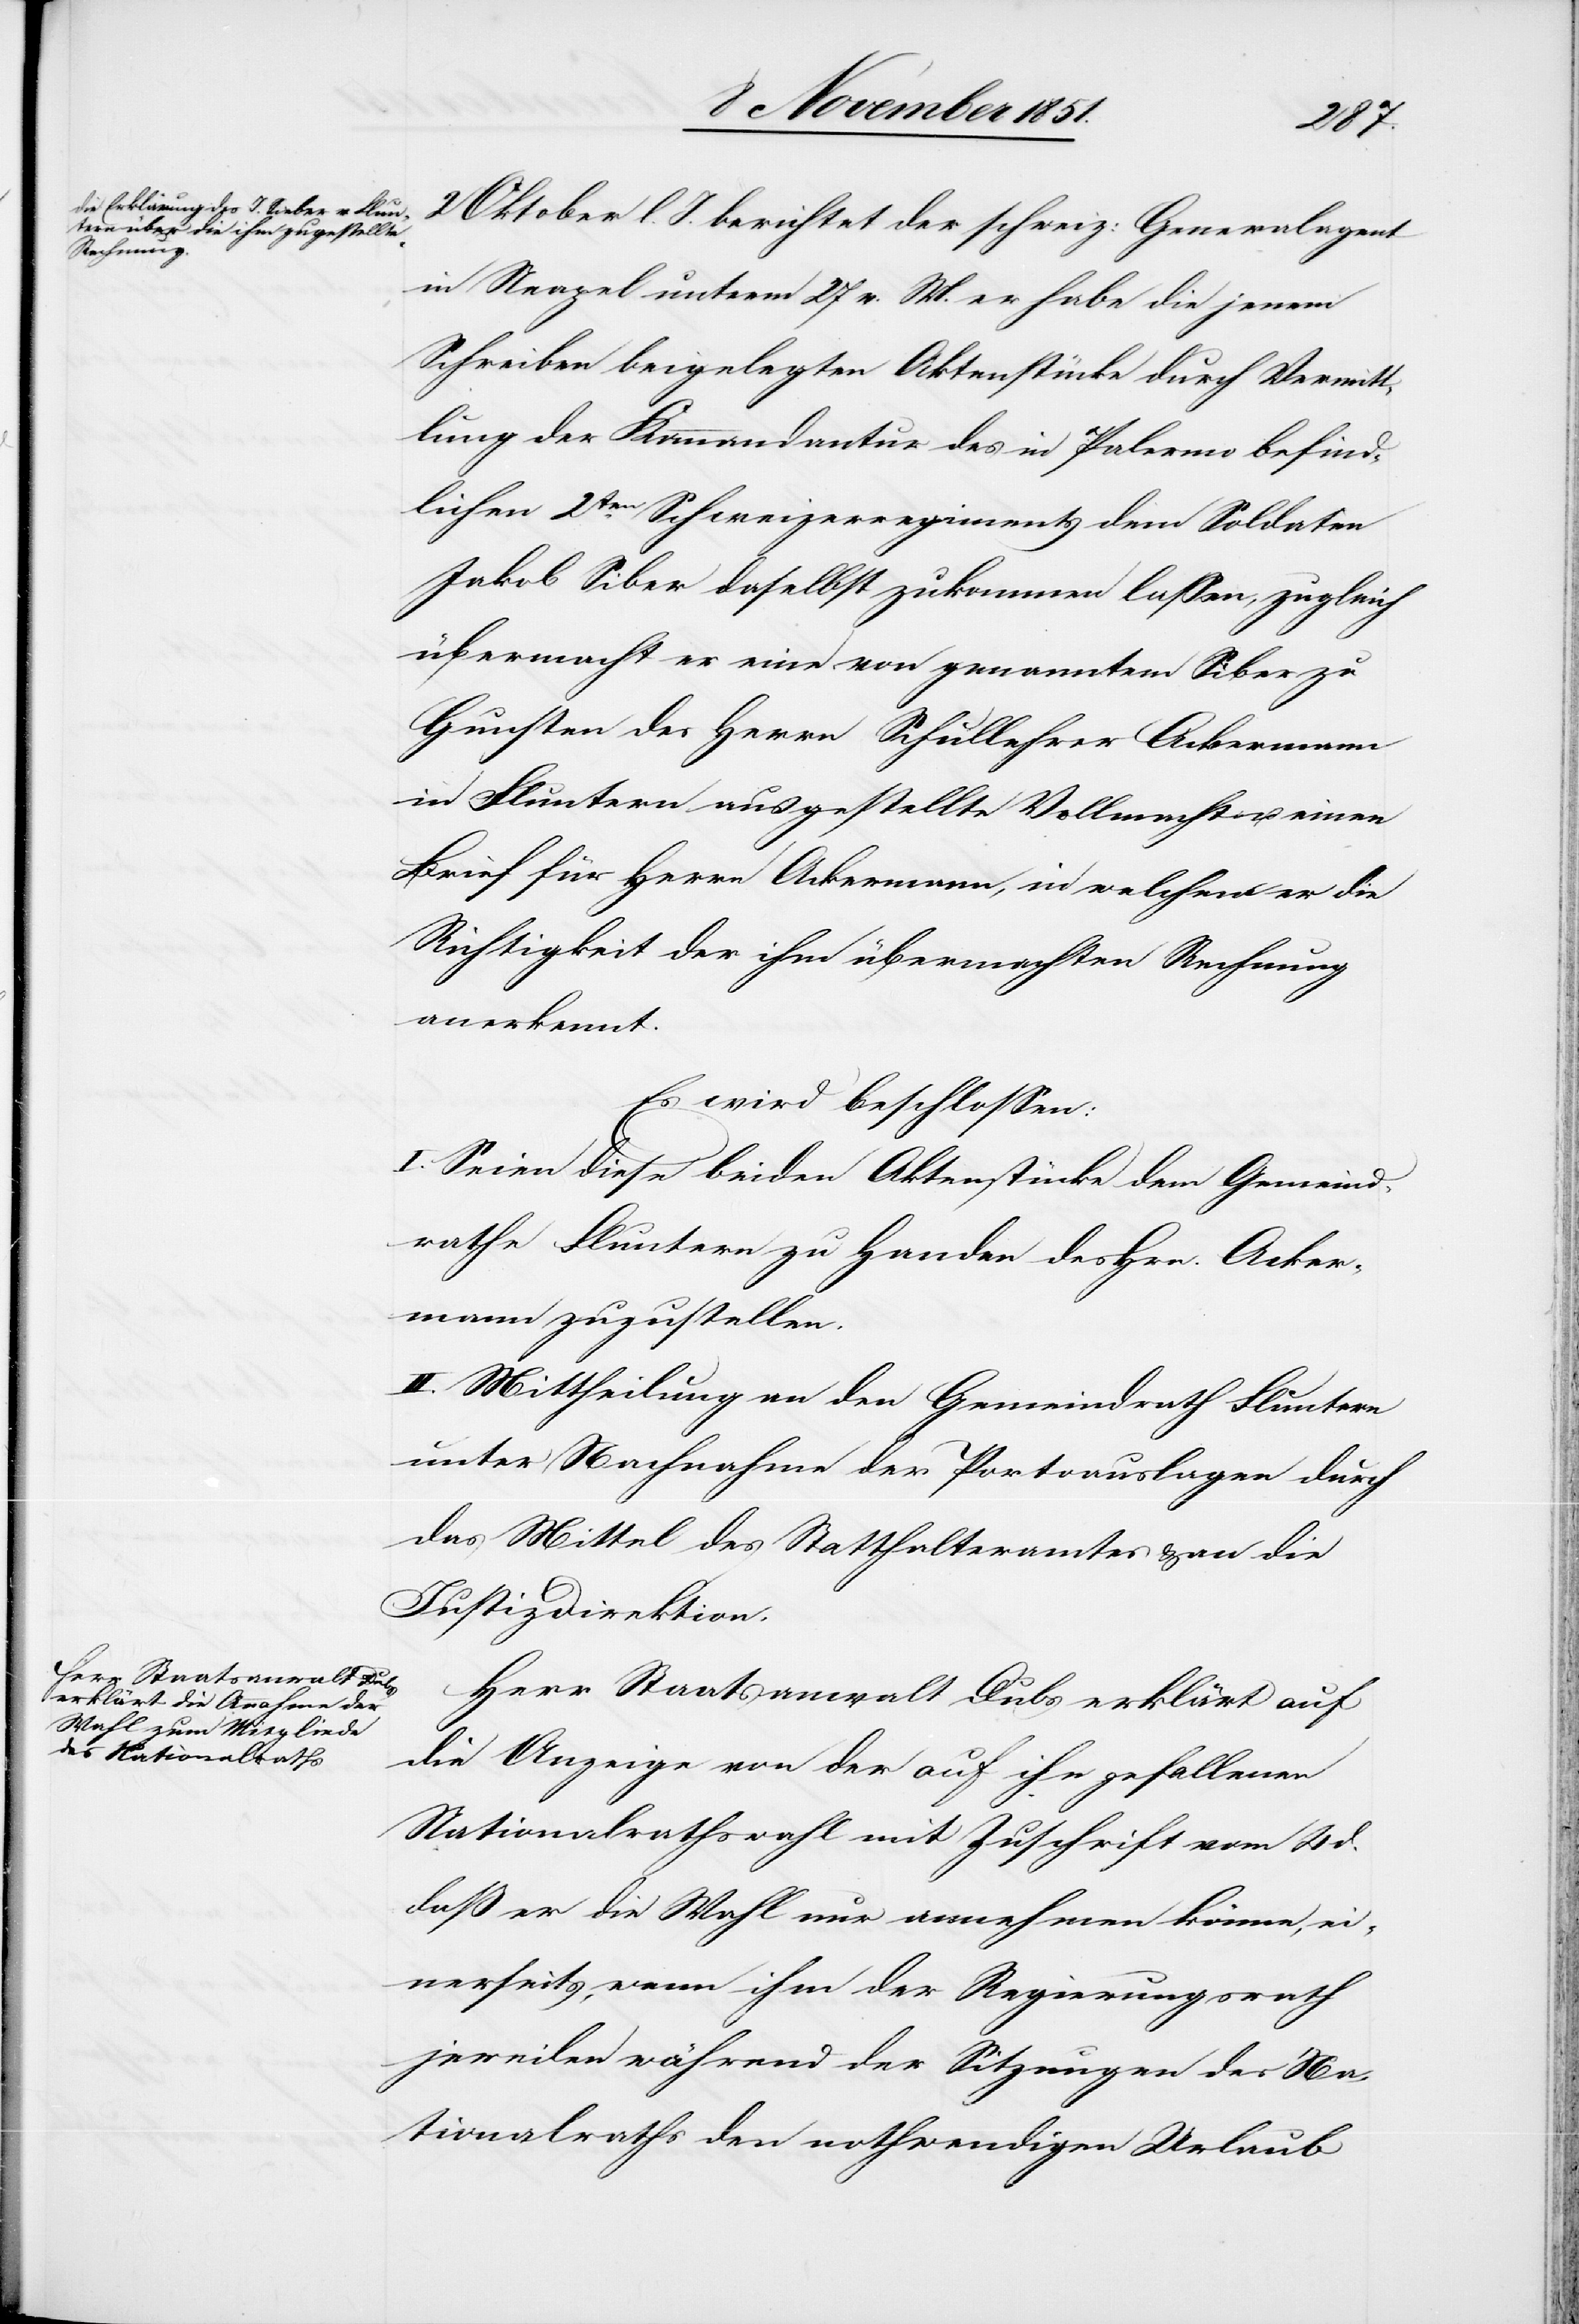
2 Oktober l. J. berichtet der schweiz: Generalagent
in Neapel unterm 27 v. M. er habe die jenem
Schreiben beigelegten Aktenstücke durch Vermitt¬
lung der Kommandantur des in Palermo befind¬
lichen 2ten. Schweizerregiments dem Soldaten
Siber [sic!] daselbst zukommen lassen, zugleich
übermacht er eine von genanntem Siber zu
Gunsten des Herrn Schullehrer Ackermann
in Fluntern ausgestellte Vollmacht u. einen
Brief für Herrn Ackermann, in welchem er die
Richtigkeit der ihm übermachten Rechnung
anerkennt.
Es wird beschlossen:
I. Seien diese beiden Aktenstücke dem Gemeind¬
rathe Fluntern zu Handen des Hrn. Acker¬
mann zuzustellen.
II. Mittheilung an den Gemeindrath Fluntern
unter Nachnahme der Portoauslagen durch
das Mittel des Statthalteramtes & an die
Justizdirektion.
Herr Staatsanwalt Dubs erklärt auf
die Anzeige von der auf ihn gefallenen
Nationalrathswahl mit Zuschrift vom 4 d.
daß er die Wahl nur annehmen könne, ei¬
nerseits, wenn ihm der Regierungsrath
jeweilen während der Sitzungen des Na¬
tionalraths den nothwendigen Urlaub